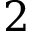
2